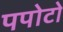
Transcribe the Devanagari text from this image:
पपोटो